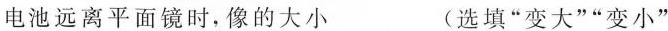
电池远离平面镜时，像的大小___ (选填”变大””变小”